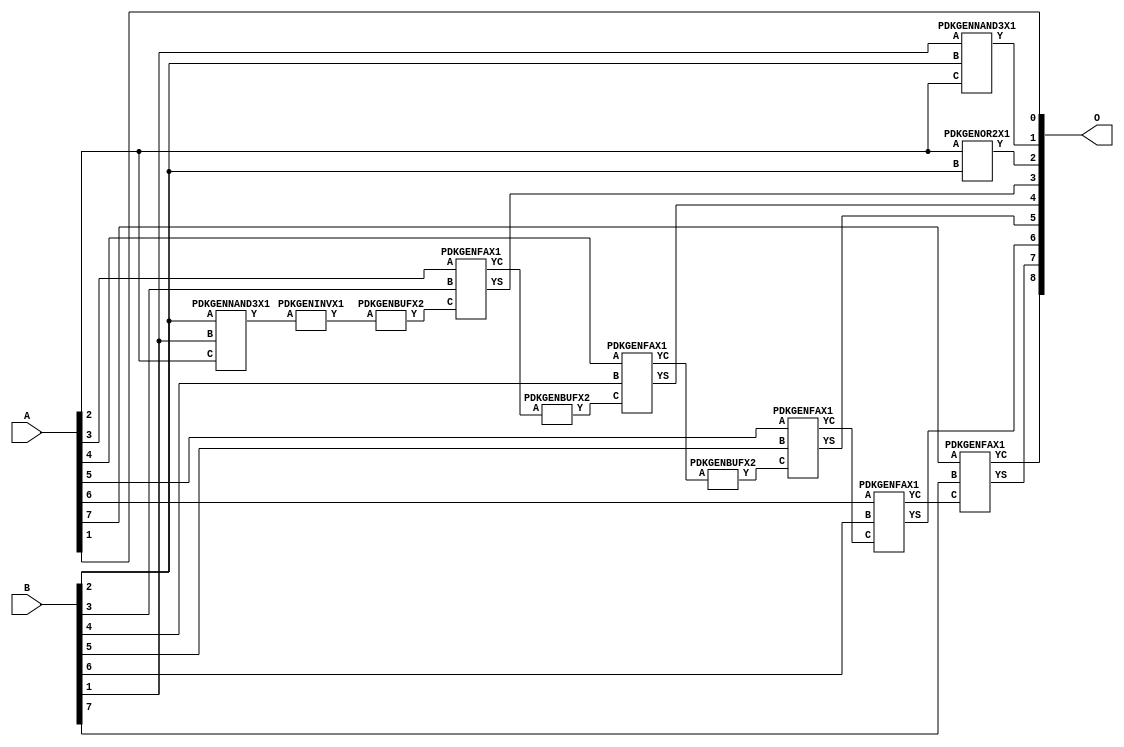
// Library = EvoApprox8b
// Circuit = add8_408
// Area   (180) = 792
// Delay  (180) = 1.420
// Power  (180) = 250.20
// Area   (45) = 60
// Delay  (45) = 0.560
// Power  (45) = 23.79
// Nodes = 12
// HD = 134528
// MAE = 1.37500
// MSE = 3.25000
// MRE = 0.75 %
// WCE = 5
// WCRE = 200 %
// EP = 76.6 %

module add8_408(A, B, O);
  input [7:0] A;
  input [7:0] B;
  output [8:0] O;
  wire [2031:0] N;

  assign N[0] = A[0];
  assign N[1] = A[0];
  assign N[2] = A[1];
  assign N[3] = A[1];
  assign N[4] = A[2];
  assign N[5] = A[2];
  assign N[6] = A[3];
  assign N[7] = A[3];
  assign N[8] = A[4];
  assign N[9] = A[4];
  assign N[10] = A[5];
  assign N[11] = A[5];
  assign N[12] = A[6];
  assign N[13] = A[6];
  assign N[14] = A[7];
  assign N[15] = A[7];
  assign N[16] = B[0];
  assign N[17] = B[0];
  assign N[18] = B[1];
  assign N[19] = B[1];
  assign N[20] = B[2];
  assign N[21] = B[2];
  assign N[22] = B[3];
  assign N[23] = B[3];
  assign N[24] = B[4];
  assign N[25] = B[4];
  assign N[26] = B[5];
  assign N[27] = B[5];
  assign N[28] = B[6];
  assign N[29] = B[6];
  assign N[30] = B[7];
  assign N[31] = B[7];

  PDKGENNAND3X1 n34(.A(N[18]), .B(N[20]), .C(N[4]), .Y(N[34]));
  PDKGENNAND3X1 n40(.A(N[20]), .B(N[18]), .C(N[4]), .Y(N[40]));
  PDKGENINVX1 n46(.A(N[40]), .Y(N[46]));
  PDKGENBUFX2 n116(.A(N[46]), .Y(N[116]));
  assign N[117] = N[116];
  PDKGENOR2X1 n132(.A(N[4]), .B(N[20]), .Y(N[132]));
  assign N[133] = N[132];
  PDKGENFAX1 n182(.A(N[6]), .B(N[22]), .C(N[117]), .YS(N[182]), .YC(N[183]));
  PDKGENBUFX2 n220(.A(N[183]), .Y(N[220]));
  assign N[221] = N[220];
  PDKGENFAX1 n232(.A(N[8]), .B(N[24]), .C(N[221]), .YS(N[232]), .YC(N[233]));
  PDKGENBUFX2 n252(.A(N[233]), .Y(N[252]));
  PDKGENFAX1 n282(.A(N[10]), .B(N[26]), .C(N[252]), .YS(N[282]), .YC(N[283]));
  PDKGENFAX1 n332(.A(N[12]), .B(N[28]), .C(N[283]), .YS(N[332]), .YC(N[333]));
  PDKGENFAX1 n382(.A(N[14]), .B(N[30]), .C(N[333]), .YS(N[382]), .YC(N[383]));

  assign O[0] = N[2];
  assign O[1] = N[34];
  assign O[2] = N[133];
  assign O[3] = N[182];
  assign O[4] = N[232];
  assign O[5] = N[282];
  assign O[6] = N[332];
  assign O[7] = N[382];
  assign O[8] = N[383];

endmodule
/* mod */
module PDKGENFAX1( input A, input B, input C, output YS, output YC );
    assign YS = (A ^ B) ^ C;
    assign YC = (A & B) | (B & C) | (A & C);
endmodule
/* mod */
module PDKGENOR2X1(input A, input B, output Y );
     assign Y = A | B;
endmodule
/* mod */
module PDKGENINVX1(input A, output Y );
     assign Y = ~A;
endmodule
/* mod */
module PDKGENNAND3X1(input A, input B, input C, output Y );
     assign Y = ~((A & B) & C);
endmodule
/* mod */
module PDKGENBUFX2(input A, output Y );
     assign Y = A;
endmodule